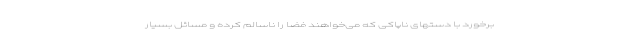
برخورد با دستهای ناپاکی که می‌خواهند فضا را ناسالم کرده و مسائل بسیار